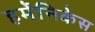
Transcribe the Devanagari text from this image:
हर्मेनिकेस